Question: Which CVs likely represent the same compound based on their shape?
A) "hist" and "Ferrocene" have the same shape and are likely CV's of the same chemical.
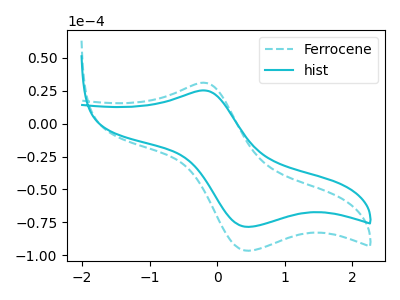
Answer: <think>The cyan dashed curve "Ferrocene" has an anodic peak at (-0.20V, 31.15uA) and a cathodic peak at (0.45V, -96.60uA). The cyan curve "hist" has an anodic peak at (-0.20V, 25.30uA) and a cathodic peak at (0.45V, -78.45uA).
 All the peaks in "Ferrocene" have a peak in "hist" at the same potential. Every peak in "Ferrocene" is higher than every peak in "hist".</think>
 <answer>A) "hist" and "Ferrocene" have the same shape and are likely CV's of the same chemical.</answer>
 <eval>A</eval>